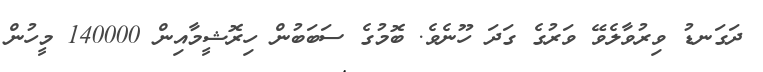
ދަގަނޑު ވިރުވާލެވޭ ވަރުގެ ގަދަ ހޫނެވެ. ބޮމުގެ ސަބަބުން ހިރޮޝީމާއިން 140000 މީހުން